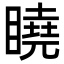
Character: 䁱